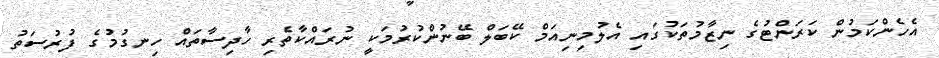
އެހެންކަމުން ކަރަންޓުގެ ނިޒާމުތަކުގައި އެލުމިނިއަމް ކޭބަލް ބޭނުންކުރުމަކީ ނުރައްކާތެރި ހާދިސާތައް ހިނގުމުގެ ފުރުސަތު